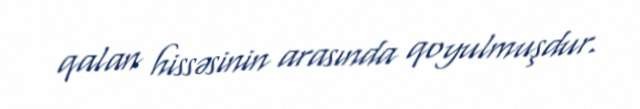
qalan hissəsinin arasında qoyulmuşdur.